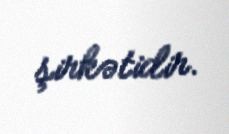
şirkətidir.